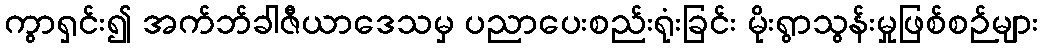
ကွာရှင်း၍ အက်ဘ်ခါဇီယာဒေသမှ ပညာပေးစည်းရုံးခြင်း မိုးရွာသွန်းမှုဖြစ်စဉ်များ